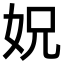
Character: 㚾